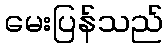
မေးပြန်သည်